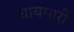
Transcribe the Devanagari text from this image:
घायमारी